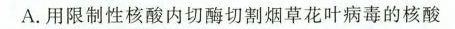
A.用限制性核酸内切酶切割烟草花叶病毒的核酸